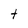
Character: t